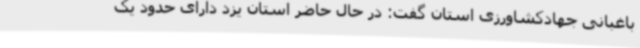
باغبانی جهادکشاورزی استان گفت: در حال حاضر استان یزد دارای حدود یک